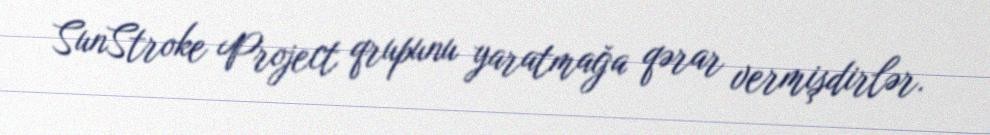
SunStroke Project qrupunu yaratmağa qərar vermişdirlər.